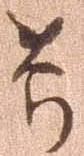
節